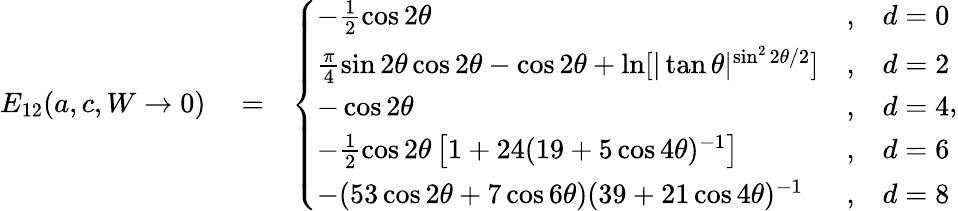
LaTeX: \begin{array}{rlr}{E_{12}(a,c,W\rightarrow 0)}&{{}=}&{\left\{ \begin{array}{lcl}{-\frac{1}{2}\cos 2\theta}&{,}&{d=0}\\ {\frac{\pi}{4}\sin 2\theta\cos 2\theta-\cos 2\theta+\ln[|\tan\theta|^{\sin^{2}2\theta/2}]}&{,}&{d=2}\\ {-\cos 2\theta}&{,}&{d=4}\\ {-\frac{1}{2}\cos 2\theta\left[1+24(19+5\cos 4\theta)^{-1}\right]}&{,}&{d=6}\\ {-(53\cos 2\theta+7\cos 6\theta)(39+21\cos 4\theta)^{-1}}&{,}&{d=8}\end{array}\right.,}\end{array}